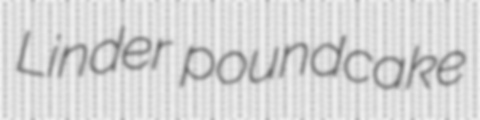
Linder poundcake